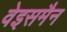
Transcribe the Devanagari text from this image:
वेइसमैन